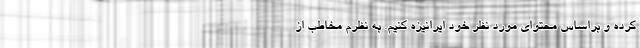
کرده و براساس محتوای مورد نظر خود ایرانیزه کنیم. به نظرم مخاطب از